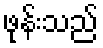
ဖုန်းသည်